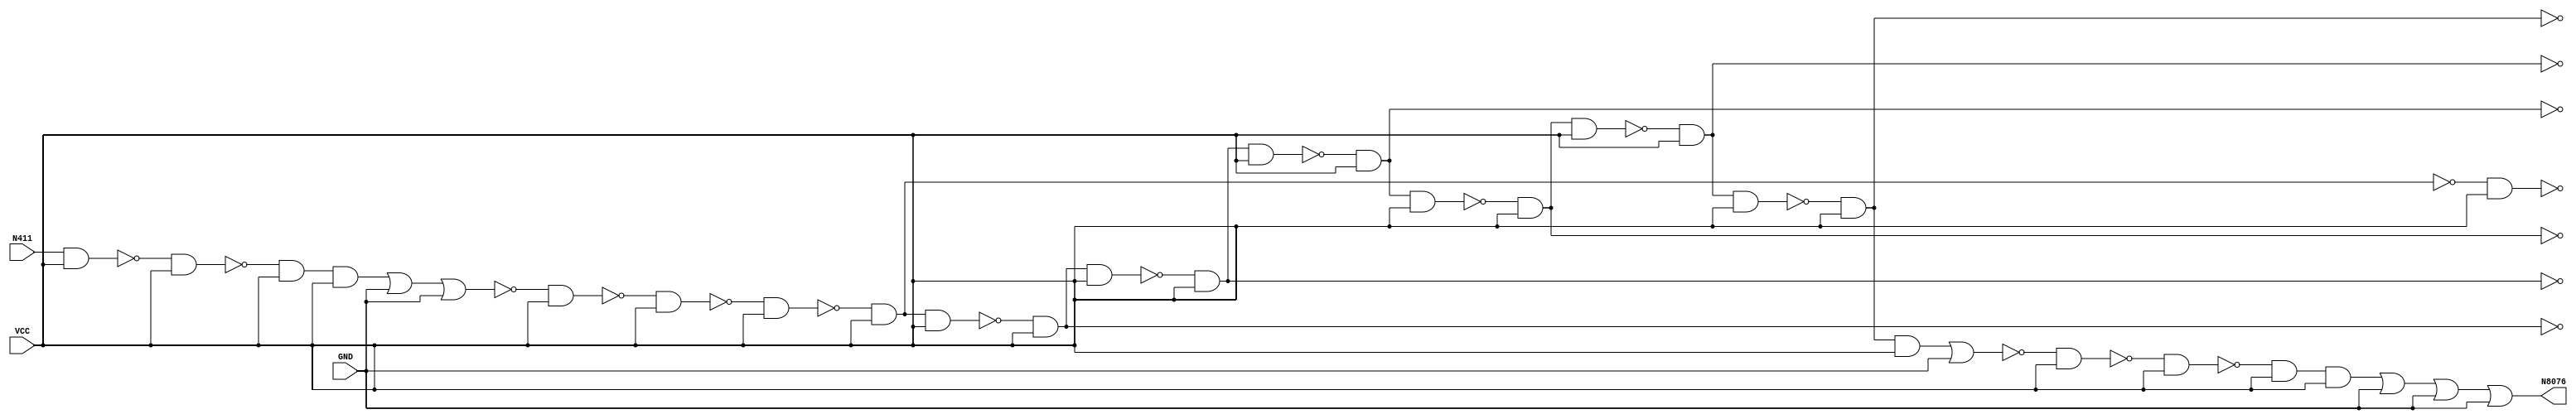
module singlepath_1(N8076, N411, VCC, GND);
//35
(* keep = 1 *) wire N8073, N8072, N8061, N8056, N8055, N7985, N6138, N8043, N3461, N7803, N6298, N7788, N6117, N7898, N6123, N8059, N6133, N1845, N6126, N3721, N8032, N3411, N7867, N6553, N2644, N7588, N7080, N6316, N6896, N6136, N2849, N2936, N7771, N6135, N4305, N3678, N4342, N6127, N5258, N8038, N8040, N1872, N5536, N6132, N7217, N7412, N7834, N7835, N7587, N7918, N6130, N7770, N7715, N7968, N7218, N7852, N8045, N7899, N7658, N7935, N8022, N7969, N8001, N6895, N8023, Vcc, gnd;
(* keep = 1 *) input VCC, GND;
//main path inp/outp
(* keep = 1 *) input N411;
(* keep = 1 *) output N8076;

//main path
buf BUFF1_158(N1872, N411);
nand NAND2_1192(N5258, N1872, VCC);
nand NAND2_1254(N5536, N5258, VCC);
and AND3_1376(N6135, N5536, VCC, VCC);

nor NOR3_1524(N6553, N6135, GND, GND); 

not NOT1_1687(N6895, N6553); 
nand NAND2_1688(N6896, N6553, VCC);
nand NAND2_1777(N7080, N6896, VCC);

nand NAND2_1851(N7218, N7080, VCC);


nand NAND2_1897(N7412, N7218, VCC);
not NOT1_2010(N7587, N7412);
nand NAND2_2011(N7588, N7412, VCC);

nand NAND2_2031(N7658, N7587, VCC); 
nand NAND2_2080(N7715, N7658, VCC); 


not NOT1_2121(N7770, N7715); 
nand NAND2_2129(N7788, N7770, VCC);
nand NAND2_2136(N7803, N7788, VCC);


not NOT1_2153(N7834, N7803); 
nand NAND2_2161(N7852, N7834, VCC);
nand NAND2_2168(N7867, N7852, VCC);


not NOT1_2185(N7898, N7867); 
nand NAND2_2193(N7918, N7898, VCC); 
nand NAND2_2204(N7935, N7918, VCC);
 
not NOT1_2219(N7968, N7935); 
nand NAND2_2225(N7985, N7968, VCC); 
nand NAND2_2238(N8001, N7985, VCC);

not NOT1_2245(N8022, N8001); 
nand NAND2_2251(N8032, N8022, VCC);

nand NAND2_2257(N8038, N8032, VCC); 

not NOT1_2259(N8040, N8038);
and AND2_2262(N8043, N8040, VCC);

or OR2_2264(N8045, N8043, GND);
not NOT1_2267(N8056, N8045); 
nand NAND2_2270(N8059, N8056, VCC);

nand NAND2_2272(N8061, N8059, VCC);
and AND3_2275(N8072, N8061, VCC, VCC); 
or OR4_2279(N8076, N8072, GND, GND, GND);




endmodule